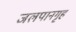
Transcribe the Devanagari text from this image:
जलपानगृह